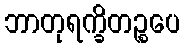
ဘာတုရက္ခိတဉ္စပေ